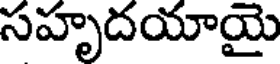
సహృదయాయై